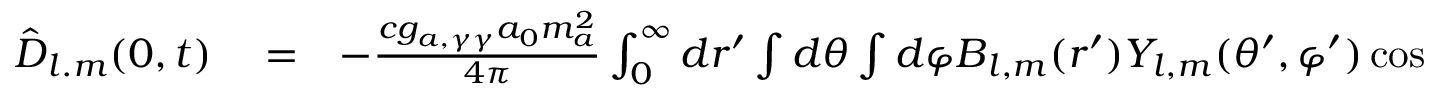
\begin{array} { r l r } { { \hat { \boldsymbol D } } _ { l . m } ( 0 , t ) } & { { } = } & { - \frac { c g _ { a , \gamma \gamma } a _ { 0 } m _ { a } ^ { 2 } } { 4 \pi } \int _ { 0 } ^ { \infty } d r ^ { \prime } \int d \theta \int d \varphi \boldsymbol B _ { l , m } ( r ^ { \prime } ) Y _ { l , m } ( \theta ^ { \prime } , \varphi ^ { \prime } ) \cos ( m _ { a } ( t - r ^ { \prime } / c ) ) r ^ { \prime } \sin \theta } \end{array}